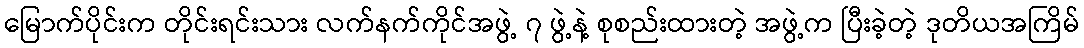
မြောက်ပိုင်းက တိုင်းရင်းသား လက်နက်ကိုင်အဖွဲ့ ၇ ဖွဲ့နဲ့ စုစည်းထားတဲ့ အဖွဲ့က ပြီးခဲ့တဲ့ ဒုတိယအကြိမ်